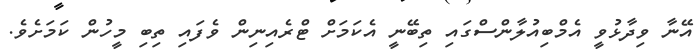
އޭނާ ވިދާޅުވީ އެމްބިއުލާންސްގައި ތިބޭނީ އެކަމަށް ޓްރެއިނިން ވެފައި ތިބި މީހުން ކަމަށެވެ.